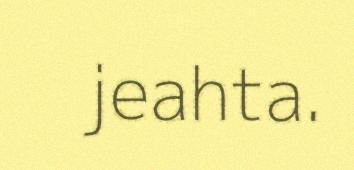
jeahta.